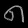
Digit: ၈